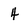
Character: 4